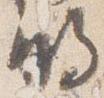
明